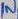
Text: IN